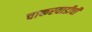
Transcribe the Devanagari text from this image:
चाकरवाडीची